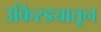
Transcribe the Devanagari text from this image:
उकिरड्यातून